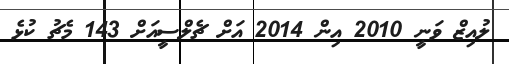
ލުއިޒް ވަނީ 2010 އިން 2014 އަށް ޗެލްސީއަށް 143 މެޗު ކުޅެ